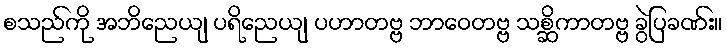
စသည်ကို အဘိညေယျ ပရိညေယျ ပဟာတဗ္ဗ ဘာဝေတဗ္ဗ သစ္ဆိကာတဗ္ဗ ခွဲပြခဏ်း။